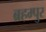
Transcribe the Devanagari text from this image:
ब्रहम्पुर